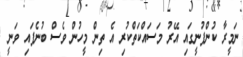
ނަމީރާ ކުންފުނީގައި އޭރު މަސައްކަތްކުރި އެ ތިން މީހުން ވެސް ބުނެފައި ވަނީ